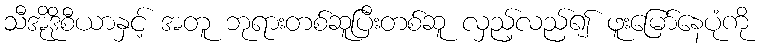
သီအိုဒိုစီယာနှင့် အတူ ဘုရားတစ်ဆူပြီးတစ်ဆူ လှည့်လည်၍ ဖူးမြော်နေပုံကို